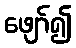
ဖျော်၍